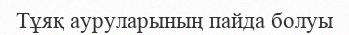
Тұяқ ауруларының пайда болуы